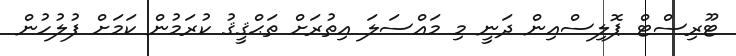
ޓޫރިސްޓް ޕޮލިސްއިން ދަނީ މި މައްސަލަ އިތުރަށް ތަޙްޤީޤު ކުރަމުން ކަމަށް ފުލުހުން